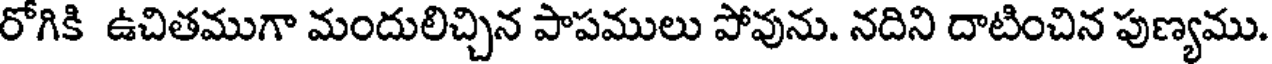
రోగికి ఉచితముగా మందులిచ్చిన పాపములు పోవును. నదిని దాటించిన పుణ్యము.